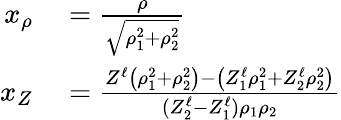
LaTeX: \begin{array}{rl}{x_{\rho}}&{{}=\frac{\rho}{\sqrt{\rho_{1}^{2}+\rho_{2}^{2}}}}\\ {x_{Z}}&{{}=\frac{Z^{\ell}\left(\rho_{1}^{2}+\rho_{2}^{2}\right)-\left(Z_{1}^{\ell}\rho_{1}^{2}+Z_{2}^{\ell}\rho_{2}^{2}\right)}{(Z_{2}^{\ell}-Z_{1}^{\ell})\rho_{1}\rho_{2}}}\end{array}